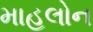
માહલોન